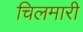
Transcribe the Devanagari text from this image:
चिलमारी